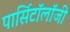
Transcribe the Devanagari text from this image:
पार्सिटॉलॉजी